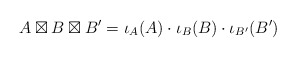
\begin{align*}A\boxtimes B \boxtimes B'= \iota_A(A)\cdot \iota_B(B)\cdot \iota_{B'}(B')\end{align*}